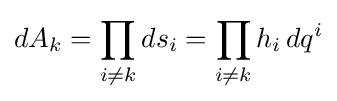
dA_{k}=\prod _{i\neq k}ds_{i}=\prod _{i\neq k}h_{i}\,dq^{i}